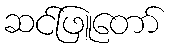
ဆင်ဖြူတော်